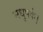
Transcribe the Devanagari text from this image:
मधुपर्क।